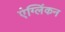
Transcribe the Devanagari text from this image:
एंग्लिंकन